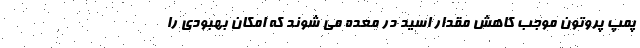
پمپ پروتون موجب کاهش مقدار اسید در معده می شوند که امکان بهبودی را